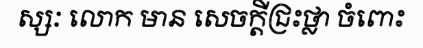
ស្សៈ លោក មាន សេចក្តីជ្រះថ្លា ចំពោះ